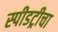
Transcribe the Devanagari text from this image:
स्पीडट्रीचा